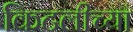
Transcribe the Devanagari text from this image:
किटलीच्या